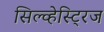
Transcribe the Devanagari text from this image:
सिल्व्हेस्ट्रिज